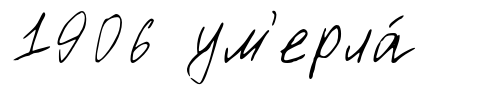
1906 ум'ерла́